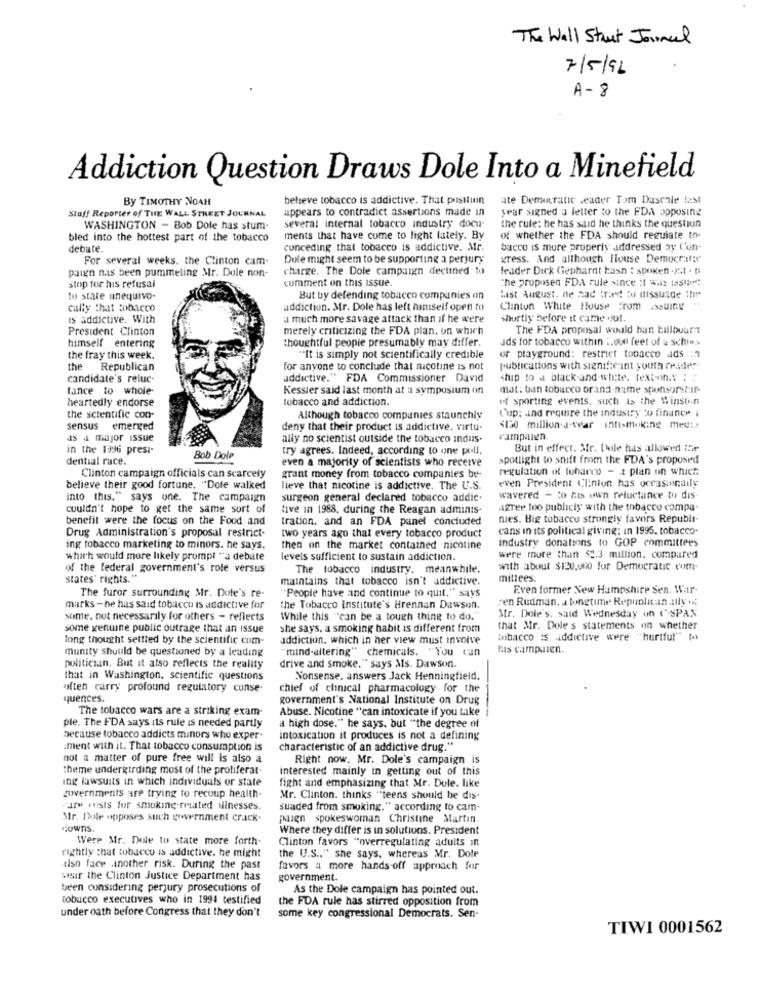
The Wall Street Journal
7/5/96
A-8
Addiction Question Draws Dole Into a Minefield
By TIMOTHY NOAH
believe tobacco is addictive. That posttinn
ate Demucranc .eader Tom Daschle fast
Staff Reporter of THE WALL STREET JOURNAL
appears to contradict assertions made in
year signed a letter to the FDA opposing
several internal tobacco industry docu-
the rule: he has said he thinks the question
WASHINGTON - Bob Dole has stum-
bled into the hottest part of the tobacco
ments that have come to light lately. By
of whether the FDA should regulate to-
debate.
conceding that tobacco is addictive. Mr.
bacco is more properly addressed ay Con-
For several weeks. the Clinton cam-
Dule might seem to be supporting a perjury
gress. And although House Democratie
paign nas been pummeling Mr. Dole non-
charge. The Dole campaign declined to
leader Dick Gephardt hasn : spoken .yut . ti
comment on this issue.
the proposen FDA rule since :1 wii: 1551:
stop for his refusal
to state unequivo-
But by defending tobacco companies on
Last August. ne nad tried to dissusde Ihr
cally that tobacco
addiction. Mr. Dole has left himself open to
Clinton White House from issuing
is addictive. With
a much more savage attack than if he were
shortly before it came out.
President Clinton
merely criticizing the FDA plan. on which
The FDA proposal would ban billboar?
thoughtful people presumably may differ.
ads for tobacco within :. oui feet of & schies
himself entering
the fray this week.
"It is simply not scientifically credible
or playground: restrict tobacco ads :7
the
Republican
for anyone to conclude that nicotine is not
publications with significant youth re.ider-
candidate's reluc-
addictive." FDA Commissioner David
ship to a black-and-white. Text-in .: : :
lance to whole-
Kessler said last month at a symposium on
mat: ban tobacco brand-name sponsorscir
heartedly endorse
tobacco and addiction.
of sporting events, such as the Winston
Cup: ind require the industry to finance i
the scientific con-
Although tobacco companies staunchly
sensus emerged
deny that their product is addictive. virtu-
<150 million.d.vear intismoking medis
is a major issue
ally no scientist outside the tobacco indus.
rampazen.
in the 1996 presi-
try agrees. Indeed, according to one poll.
But in effect. Mr. Lle has allowed the
dential race.
Bob Dole
even a majority of scientists who receive
spotlight to shift from the FDA's proposed
regulation of tubarco - I plan on which
Clinton campaign officials can scarcely
grant money from tobacco companies be-
believe their good fortune. "Dole walked
lieve that nicotine is addictive. The U.S.
even President Clinton has occasionally
into this." says one. The campaign
surgeon general declared tobacco addic.
wavered - to his own reluctance to dis
couldn't hope to get the same sort of
tive in 1988. during the Reagan adminis-
Agrer too publicly with the tobacco compa-
benefit were the focus on the Food and
tration. and an FDA panel concluded
nies. Big tobacco strongly favors Republi-
Drug Administration's proposal restrict-
cans in its political giving: in 1996. tobacco-
two years ago that every tobacco product
industry donations to GOP committees
ing tobacco marketing to minors. he says.
then on the market contained nicotine
which would more likely prompt "a debate
levels sufficient to sustain addiction.
were more than $2.3 million. compared
of the federal government's role versus
The tobacco industry. meanwhile.
with about $120.000 for Democratic cum-
states' rights."
maintains that tobacco isn't addictive.
mittees.
The furor surrounding Mr. Dole's re-
Even former New Hampshire Sen. War-
"People have and continue to quit," says
ren Rudman. a longtime Republican :y .
marks - ne has said tobacco is addictive for
the Tobacco institute's Hrennan Dawson.
some. not necessarily for others - reflects
While this "can be a tough thing to do."
Mr. Dole's, said Wednesday on ('SPAN
some genuine public outrage that an issue
she says, a smoking habit is different from
that Mr. Dole's statements on whether
long thought settted by the scientific com-
addiction, which in her view must involve
Eubacco :s addictive were "hurtful" to
munity should be questioned by a leading
"mind-altering" chemicals. "You can
His campaign.
politician. But it also reflects the reality
drive and smoke," says Ms. Dawson.
that in Washington, scientific questions
Nonsense. answers Jack Henningfield.
often carry profound regulatory conse-
chief of clinical pharmacology for the
quences.
government's National Institute on Drug
The tobacco wars are a striking exam-
Abuse. Nicotine "can intoxicate if you take
ple. The FDA says its rule is needed partly
a high dose." he says, but "the degree of
because tobacco addicts minors who exper-
intoxication it produces is not a defining
ment with it. That tobacco consumption is
characteristic of an addictive drug."
not a matter of pure free will is also a
Right now, Mr. Dole's campaign is
theme undergirding most of the proliferat.
interested mainly in getting out of this
ing lawsuits in which individuals or state
fight and emphasizing that Mr. Dole. like
governments are trying to recoup health-
Mr. Clinton. thinks "teens should be dis-
arm rests for smoking-related illnesses.
suaded from smoking." according to cam-
Mr. Dole opposes such government crack-
paign spokeswoman Christine Martin.
Where they differ is in solutions. President
Were Mr. Dole to state more forth-
Clinton favors "overregulating adults in
rightly that tobacco is addictive. he might
the U.S .. " she says, whereas Mr. Dole
tiso face another risk. During the past
favors a more hands-off approach for
waar the Clinton Justice Department has
government.
been considering perjury prosecutions of
As the Dole campaign has pointed out.
tobacco executives who in 1994 testified
the FDA rule has stirred opposition from
under oath before Congress that they don't
some key congressional Democrats. Sen-
TIWI 0001562